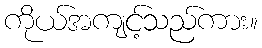
ကိုယ်အကျင့်သည်ကား။